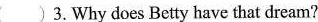
（ ）3.Why does Betty have that dream?